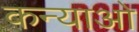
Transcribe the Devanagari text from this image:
कन्याओ